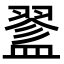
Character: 𥂔